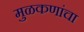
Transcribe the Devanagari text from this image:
मुळकणांचा